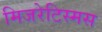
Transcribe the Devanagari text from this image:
मिजरेटिस्मस